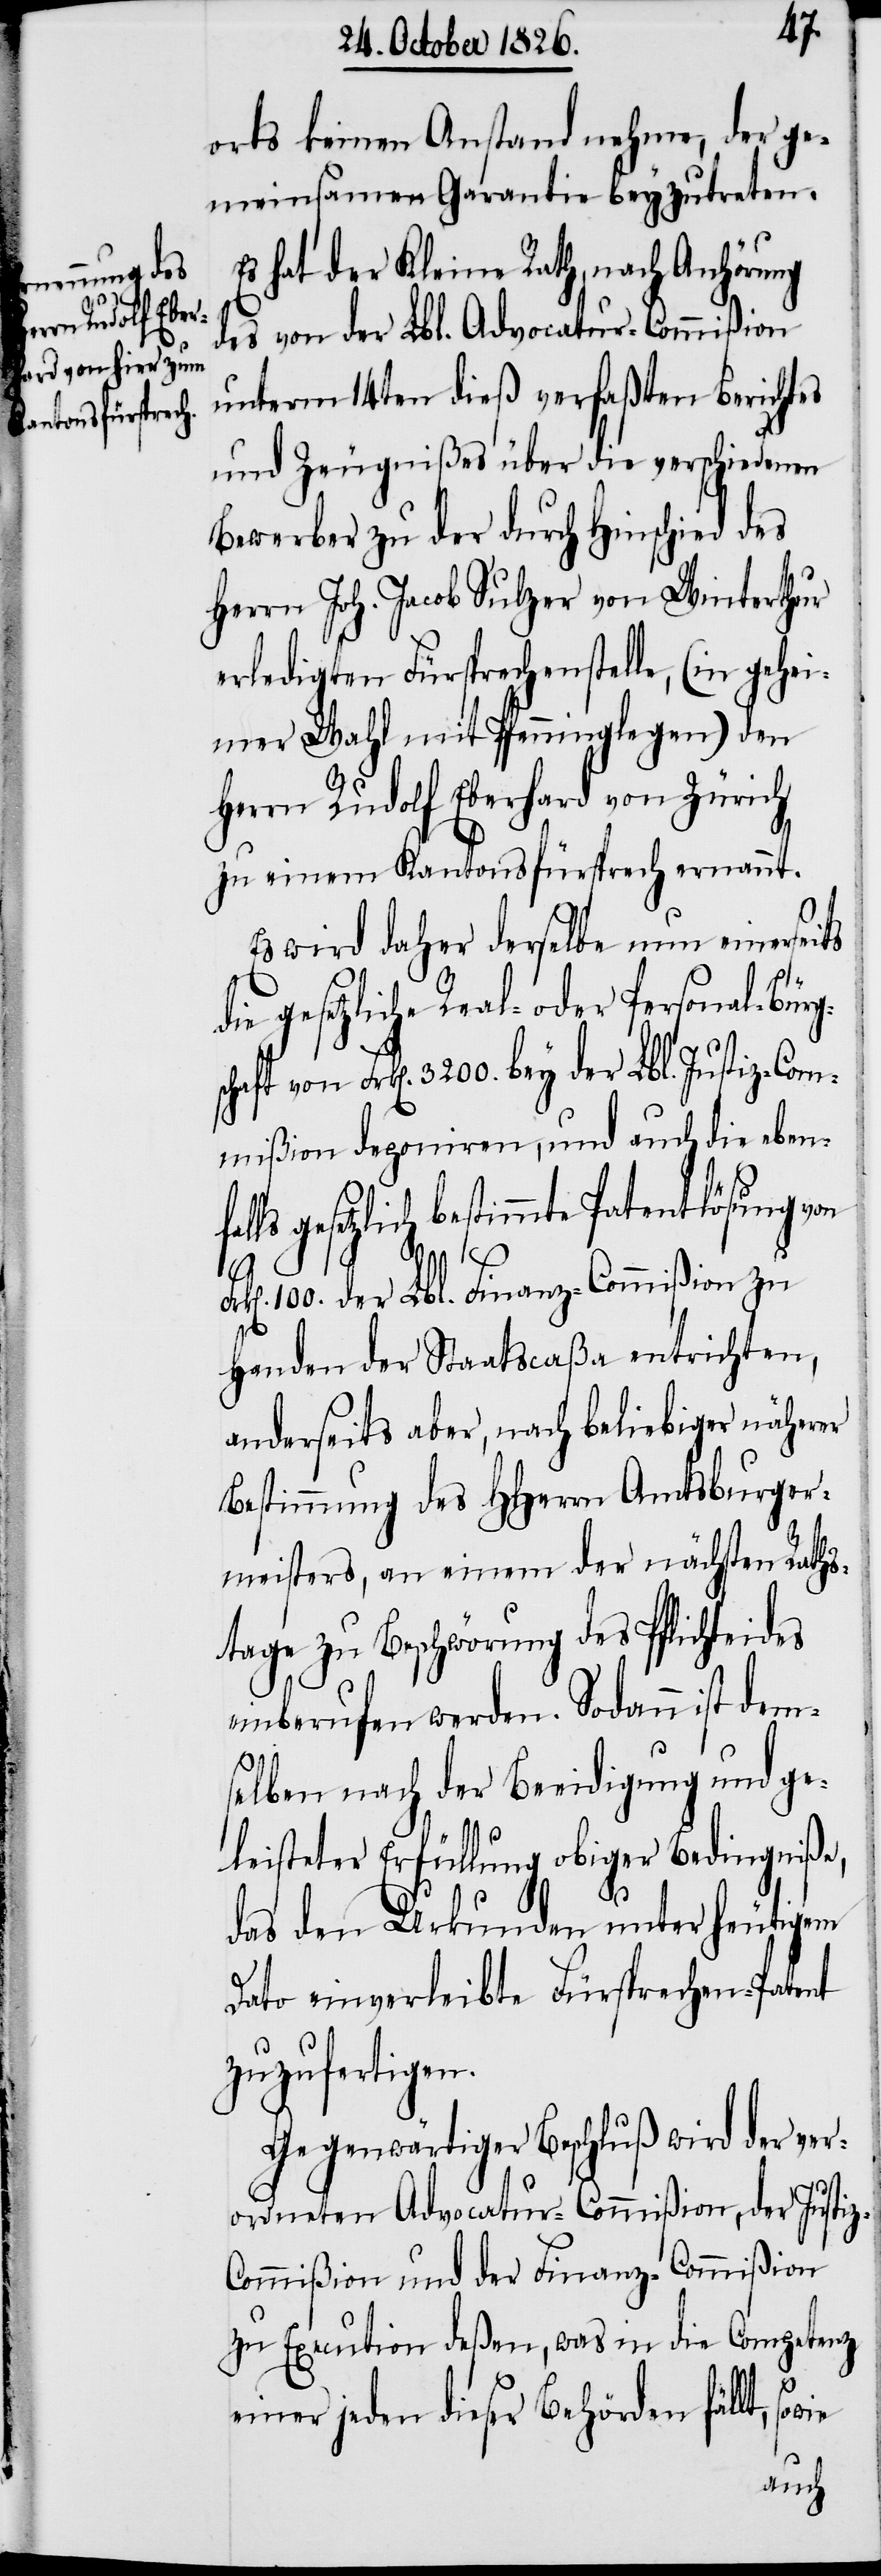
nfalls ge¬

z-C¬
orts keinen Anstand nehme, der ge¬
meinsamen Garantie beyzutreten.
Es hat der Kleine Rath, nach Anhörung
des von der Lbl. Advocatur-Commißion
unterm 14ten dieß verfaßten Berichtes
und Zeugnißes über die verschiedenen
Bewerber zu der durch Hinschied des
Herrn Joh. Jacob Sulzer von Winterthur
erledigten Fürsprechenstelle, (in gehei¬
mer Wahl mit Pfenninglegen) den
Herrn Rudolf Eberhard von Zürich
zu einem Kantonsfürsprech ernannt.
Es wird daher derselbe nun einerseits
gesetzliche Real- oder Personal-Bürg¬
Frk[en]. 3200. bey der Lbl. Justiz-Com¬
mißion deponiren, und auch die ebe¬
setzlich bestimmte Patentlösung von
100. der Lbl. Finanz-Commißion zu
Handen der Staatscaßa entrichten,
anderseits aber, nach beliebiger näherer
Bestimmung des HHerrn Amtsburger¬
meisters, an einem der nächsten Raths¬
tage zu Beschwörung des Pflichteides
einberufen werden. Sodann ist dem¬
selben nach der Beeidigung und ge¬
leisteter Erfüllung obiger Bedingniße,
das den Urkunden unter heutigem
Dato einverleibte Fürsprechen-Patent
zuzufertigen.
Gegenwärtiger Beschluß wird der ver¬
ordneten Advocatur-Commißion, der Justi¬
ommißion und der Finanz-Commißion
zu Execution deßen, was in die Competenz
einer jeden dieser Behörden fällt,